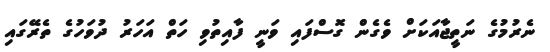
ނެރުމުގެ ނަތީޖާއަކަށް ވެގެން ގޮސްފައި ވަނީ ފާއިތުވި ހަތް އަހަރު ދުވަހުގެ ތެރޭގައި